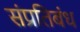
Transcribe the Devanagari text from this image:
संप्रतिबंध